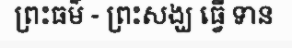
ព្រះធម៌ - ព្រះសង្ឃ ធ្វើ ទាន